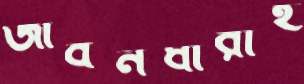
জীবনধারাই